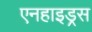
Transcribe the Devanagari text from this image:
एनहाइड्रस